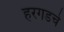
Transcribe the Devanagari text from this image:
हरगडचे